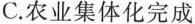
C.农业集体化完成